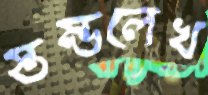
স্তম্ভলেখ